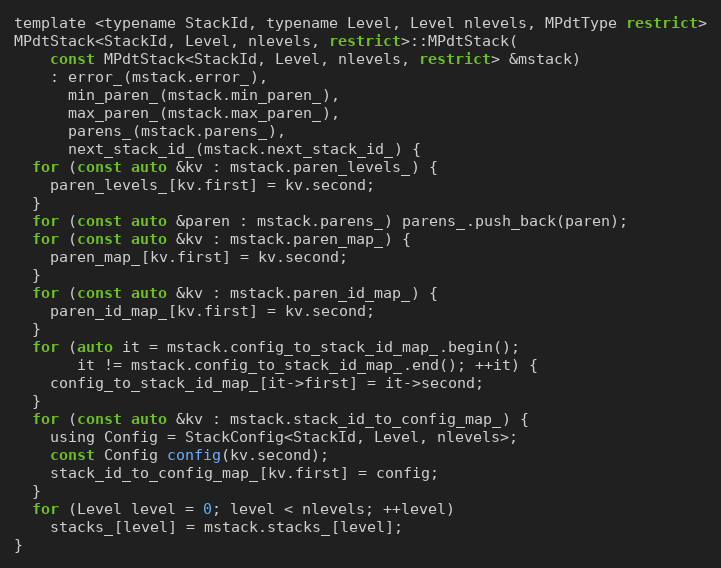
Language: C
template <typename StackId, typename Level, Level nlevels, MPdtType restrict>
MPdtStack<StackId, Level, nlevels, restrict>::MPdtStack(
    const MPdtStack<StackId, Level, nlevels, restrict> &mstack)
    : error_(mstack.error_),
      min_paren_(mstack.min_paren_),
      max_paren_(mstack.max_paren_),
      parens_(mstack.parens_),
      next_stack_id_(mstack.next_stack_id_) {
  for (const auto &kv : mstack.paren_levels_) {
    paren_levels_[kv.first] = kv.second;
  }
  for (const auto &paren : mstack.parens_) parens_.push_back(paren);
  for (const auto &kv : mstack.paren_map_) {
    paren_map_[kv.first] = kv.second;
  }
  for (const auto &kv : mstack.paren_id_map_) {
    paren_id_map_[kv.first] = kv.second;
  }
  for (auto it = mstack.config_to_stack_id_map_.begin();
       it != mstack.config_to_stack_id_map_.end(); ++it) {
    config_to_stack_id_map_[it->first] = it->second;
  }
  for (const auto &kv : mstack.stack_id_to_config_map_) {
    using Config = StackConfig<StackId, Level, nlevels>;
    const Config config(kv.second);
    stack_id_to_config_map_[kv.first] = config;
  }
  for (Level level = 0; level < nlevels; ++level)
    stacks_[level] = mstack.stacks_[level];
}